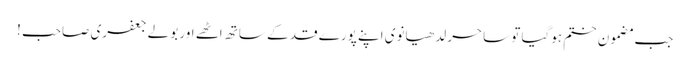
جب مضمون ختم ہوگیا تو ساحر لدھیانوی اپنے پورے قد کے ساتھ اٹھے اور بولے جعفری صاحب !